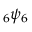
\; _ { 6 } \psi _ { 6 }